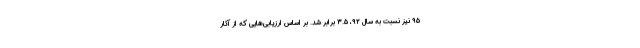
۹۵ نیز نسبت به سال ۹۲، ۳.۵ برابر شد. بر اساس ارزیابی‌هایی که از آثار